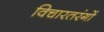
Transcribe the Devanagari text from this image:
विचारतरंगों